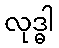
လုဒ္ဓါ